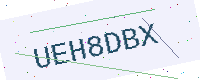
Text: UEH8DBX